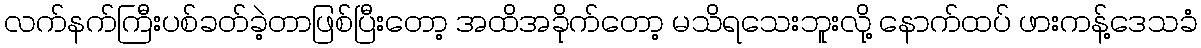
လက်နက်ကြီးပစ်ခတ်ခဲ့တာဖြစ်ပြီးတော့ အထိအခိုက်တော့ မသိရသေးဘူးလို့ နောက်ထပ် ဖားကန့်ဒေသခံ